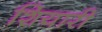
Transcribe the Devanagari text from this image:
शियारी